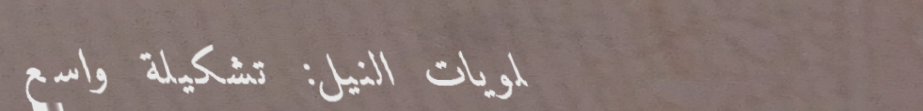
حلويات النيل: تشكيلة واسع